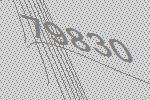
79830